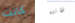
كانت قاتلة